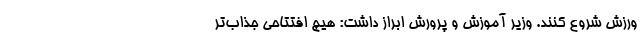
ورزش شروع کنند. وزیر آموزش و پرورش ابراز داشت: هیچ افتتاحی جذاب‌تر